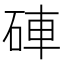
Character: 硨